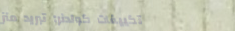
تكييفات كولدنر: تبريد منز